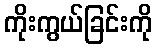
ကိုးကွယ်ခြင်းကို